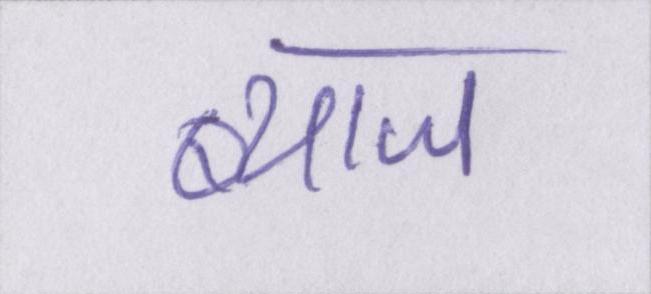
ब्याज